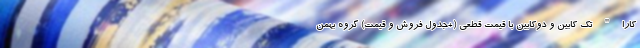
کارا " تک کابین و دوکابین با قیمت قطعی (+جدول فروش و قیمت) گروه بهمن